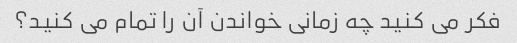
فکر می کنید چه زمانی خواندن آن را تمام می کنید؟